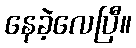
နေခဲ့လေပြီ။